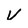
Character: v